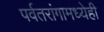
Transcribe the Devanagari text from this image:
पर्वतरांगामध्येही